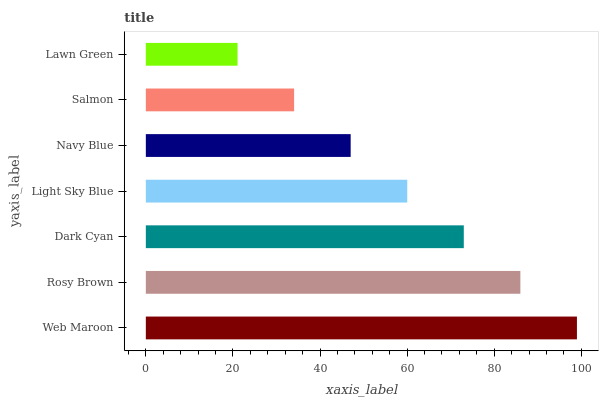
| yaxis_label | bars |
 | --- | --- |
 | Web Maroon | 99 |
 | Rosy Brown | 86 |
 | Dark Cyan | 73 |
 | Light Sky Blue | 60 |
 | Navy Blue | 47 |
 | Salmon | 34 |
 | Lawn Green | 21.1 |